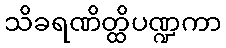
သိခရဏိတ္ထိပဏ္ဍကာ